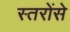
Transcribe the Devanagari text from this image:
स्तरोंसे